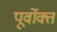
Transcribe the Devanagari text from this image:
पूर्वाेक्त